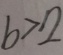
b > 2